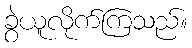
ခွဲယူလိုက်ကြသည်။